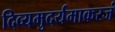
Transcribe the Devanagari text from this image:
दिव्यमुदर्यमाकरजं